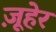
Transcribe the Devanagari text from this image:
ज़ूहेर